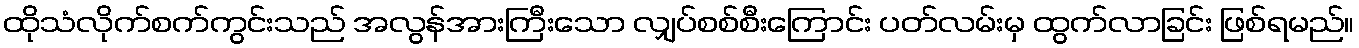
ထိုသံလိုက်စက်ကွင်းသည် အလွန်အားကြီးသော လျှပ်စစ်စီးကြောင်း ပတ်လမ်းမှ ထွက်လာခြင်း ဖြစ်ရမည်။